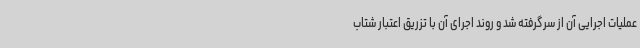
عملیات اجرایی آن از سرگرفته شد و روند اجرای آن با تزریق اعتبار شتاب